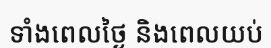
ទាំងពេលថ្ងៃ និងពេលយប់